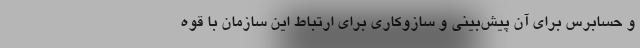
و حسابرس برای آن پیش‌بینی و سازوکاری برای ارتباط این سازمان با قوه